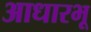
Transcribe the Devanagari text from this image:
आधारभू